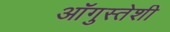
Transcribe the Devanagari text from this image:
ऑगुस्तेशी